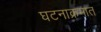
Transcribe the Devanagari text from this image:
घटनाक्रमात